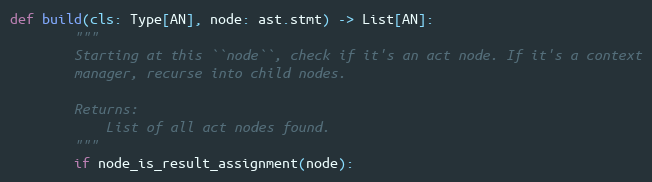
Language: Python
def build(cls: Type[AN], node: ast.stmt) -> List[AN]:
        """
        Starting at this ``node``, check if it's an act node. If it's a context
        manager, recurse into child nodes.

        Returns:
            List of all act nodes found.
        """
        if node_is_result_assignment(node):